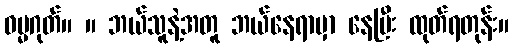
ဓမ္မဂုတ်။ ။ ဘယ်သူနဲ့အတူ ဘယ်နေရာမှာ နေပြီး ထုတ်ရတုန်း။